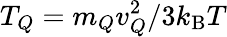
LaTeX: T_{Q}=m_{Q}v_{Q}^{2}/3k_{\mathrm{B}}T